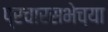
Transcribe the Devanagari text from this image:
प्रचारसभेच्या